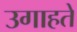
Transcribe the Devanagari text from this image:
उगाहते